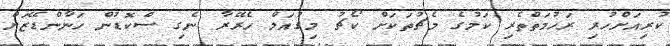
ކުރިއަށްހުރި ރަހުމަތްތެރި ކަމުގެ މެޗުތަކަށް ކޯޗު މިގުއަލް ހެރޭރާ ނެގި ސްކޮޑުން ހަނާންޑޭޒަށް